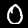
Digit: 0